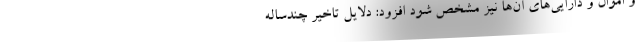
و اموال و دارایی‌های آن‌ها نیز مشخص شود افزود: دلایل تاخیر چندساله